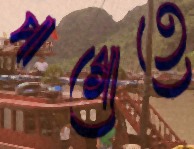
পাগোতে